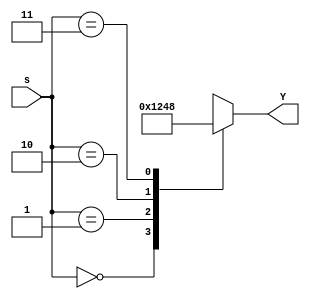
/**************************************
* Module: decoder_2x4
*
* Description: 2x4 decoder to be used in register file
***************************************/
module  decoder_2x4(output reg[3:0] Y,input wire[1:0] s);
    always @(s)
    begin
        case (s)
            2'b00: Y = 4'h1;
            2'b01: Y = 4'h2;
            2'b10: Y = 4'h4;
            2'b11: Y = 4'h8;
        endcase
    end

endmodule